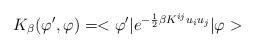
LaTeX: \begin{align*}K_{\beta}(\varphi',\varphi)=<\varphi'|e^{-\frac{1}{2}\beta K^{ij}u_iu_j}|\varphi>\end{align*}